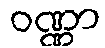
ဝဏ္ဏာ